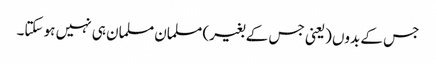
جس کے بدوں (یعنی جس کے بغیر) مسلمان مسلمان ہی نہیں ہو سکتا۔